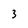
Character: 3